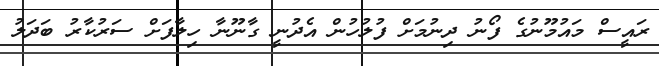
ރައީސް މައުމޫނުގެ ފޯނު ދިނުމަށް ފުލުހުން އެދުނީ ގާނޫނާ ހިލާފަށް ސަރުކާރު ބަދަލު